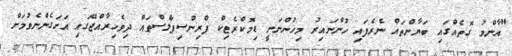
"އާންމު ގޮތެއްގައި ބަޔާންތައް ނެރެފައި ހުންނައިރު މިހުންނަނީ ޑިމޮކްރެޓިކް ޕްރިންސިޕަލްސްތައް ދިވެހިރާއްޖޭގައި އަށަގެންނެވުމަށް